Cholera in India, 1862 to 1881
Year: 1862
Disease focus: Cholera
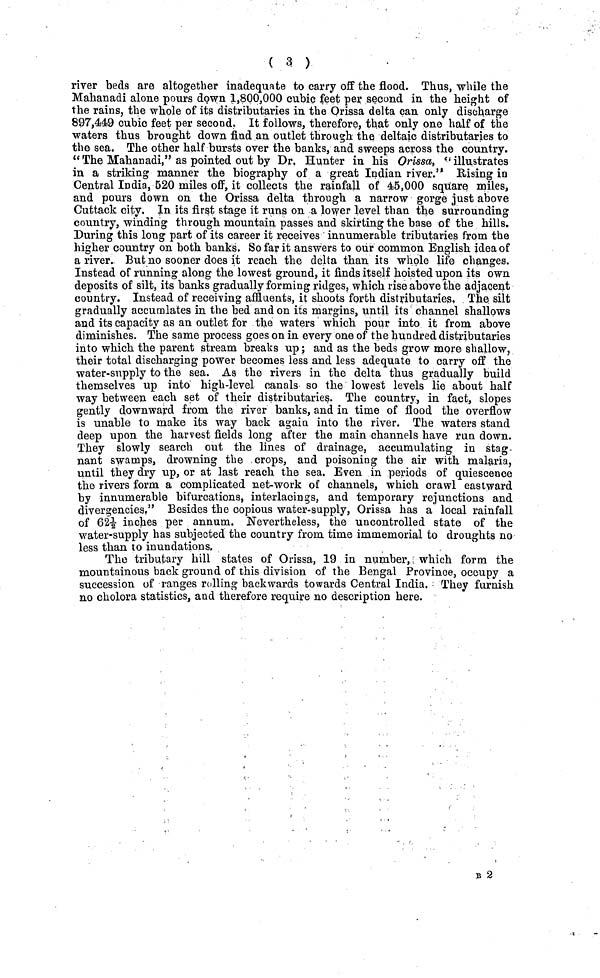
( 3 )
river beds are altogether inadequate to carry off the flood. Thus, while the
Mahanadi alone pours down 1,800,000 cubic feet per second in the height of
the rains, the whole of its distributaries in the Orissa delta can only discharge
897,449 cubic feet per second. It follows, therefore, that only one half of the
waters thus brought down find an outlet through the deltaic distributaries to
the sea. The other half bursts over the banks, and sweeps across the country.
" The Mahanadi," as pointed out by Dr. Hunter in his Orissa, " illustrates
in a striking manner the biography of a great Indian river." Rising in
Central India, 520 miles off, it collects the rainfall of 45,000 square miles,
and pours down on the Orissa delta through a narrow gorge just above
Cuttack city. In its first stage it runs on a lower level than the surrounding
country, winding through mountain passes and skirting the base of the hills.
During this long part of its career it receives innumerable tributaries from the
higher country on both banks. So far it answers to our common English idea of
a river. But no sooner does it reach the delta than its whole life changes.
Instead of running along the lowest ground, it finds itself hoisted upon its own
deposits of silt, its banks gradually forming ridges, which rise above the adjacent
country. Instead of receiving affluents, it shoots forth distributaries. The silt
gradually accumlates in the bed and on its margins, until its channel shallows
and its capacity as an outlet for the waters which pour into it from above
diminishes. The same process goes on in every one of the hundred distributaries
into which the parent stream breaks up ; and as the beds grow more shallow,
their total discharging power becomes less and less adequate to carry off the
water-supply to the sea. As the rivers in the delta thus gradually build
themselves up into high-level canals so the lowest levels lie about half
way between each set of their distributaries. The country, in fact, slopes
gently downward from the river banks, and in time of flood the overflow
is unable to make its way back again into the river. The waters stand
deep upon the harvest fields long after the main channels have run down.
They slowly search out the lines of drainage, accumulating in stag-
nant swamps, drowning the crops, and poisoning the air with malaria,
until they dry up, or at last reach the sea. Even in periods of quiescence
the rivers form a complicated net-work of channels, which crawl eastward
by innumerable bifurcations, interlacings, and temporary rejunctions and
divergencies," Besides the copious water-supply, Orissa has a local rainfall
of 62½ inches per annum. Nevertheless, the uncontrolled state of the
water-supply has subjected the country from time immemorial to droughts no
less than to inundations.
The tributary hill states of Orissa, 19 in number, which form the
mountainous back ground of this division of the Bengal Province, occupy a
succession of ranges rolling backwards towards Central India. They furnish
no cholora statistics, and therefore require no description here.
B 2